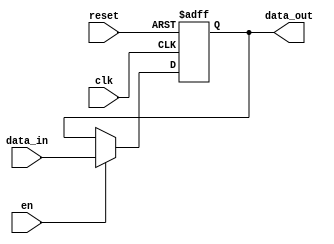
module pipeline_buffer #(
    parameter WIDTH = 8  // Parameter to set the width of the data bus
)(
    input wire clk,        // Clock signal
    input wire reset,      // Active high reset signal
    input wire en,         // Enable signal for loading data
    input wire [WIDTH-1:0] data_in, // Input data
    output reg [WIDTH-1:0] data_out   // Output data
);

    // Sequential logic for the pipeline buffer
    always @(posedge clk or posedge reset) begin
        if (reset) begin
            data_out <= {WIDTH{1'b0}}; // Clear output on reset
        end else if (en) begin
            data_out <= data_in; // Load input data into output
        end
        // If enable is not active, retain the previous value of data_out
    end

endmodule